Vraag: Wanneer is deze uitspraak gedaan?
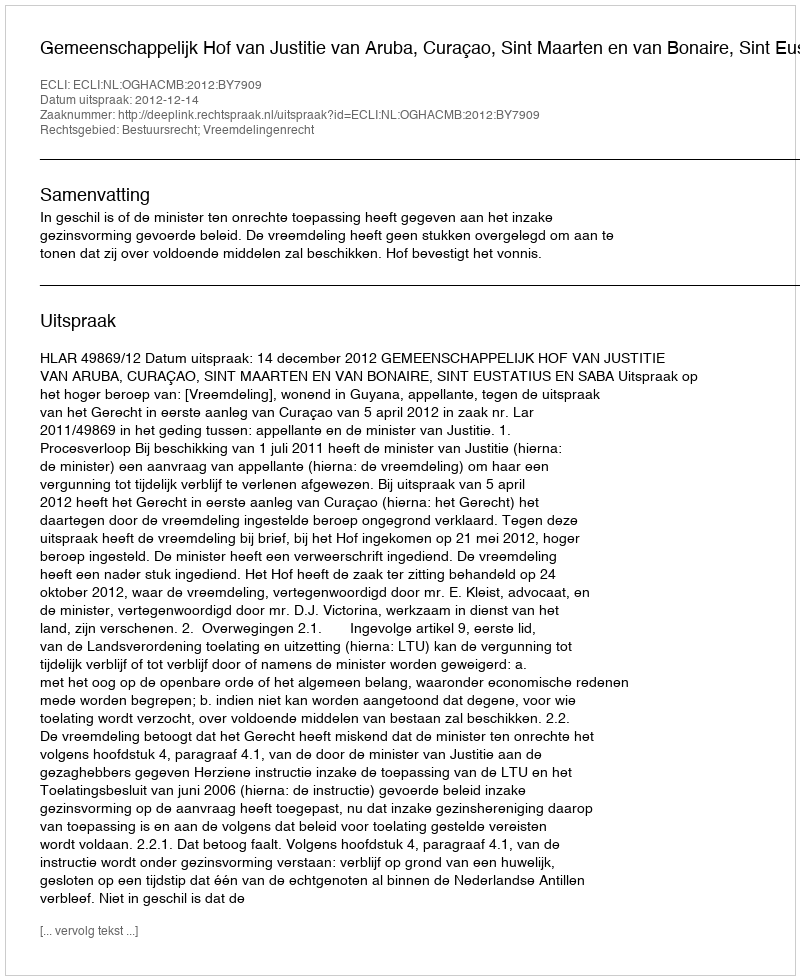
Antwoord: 2012-12-14